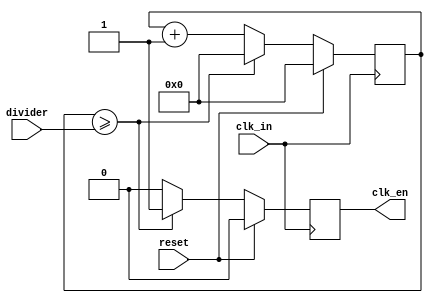
//
// iceZ0mb1e - FPGA 8-Bit TV80 SoC for Lattice iCE40
// with complete open-source toolchain flow using yosys and SDCC
//
// Copyright (c) 2018 Franz Neumann (netinside2000@gmx.de)
//
// Permission is hereby granted, free of charge, to any person obtaining a copy
// of this software and associated documentation files (the "Software"), to deal
// in the Software without restriction, including without limitation the rights
// to use, copy, modify, merge, publish, distribute, sublicense, and/or sell
// copies of the Software, and to permit persons to whom the Software is
// furnished to do so, subject to the following conditions:

// The above copyright notice and this permission notice shall be included in
// all copies or substantial portions of the Software.

// THE SOFTWARE IS PROVIDED "AS IS", WITHOUT WARRANTY OF ANY KIND, EXPRESS OR
// IMPLIED, INCLUDING BUT NOT LIMITED TO THE WARRANTIES OF MERCHANTABILITY,
// FITNESS FOR A PARTICULAR PURPOSE AND NONINFRINGEMENT. IN NO EVENT SHALL THE
// AUTHORS OR COPYRIGHT HOLDERS BE LIABLE FOR ANY CLAIM, DAMAGES OR OTHER
// LIABILITY, WHETHER IN AN ACTION OF CONTRACT, TORT OR OTHERWISE, ARISING FROM,
// OUT OF OR IN CONNECTION WITH THE SOFTWARE OR THE USE OR OTHER DEALINGS IN
// THE SOFTWARE.

module clk_divider(
    input wire clk_in,
    input wire reset,
	input wire[15:0] divider,
    output reg clk_en
);

	reg [15:0] count = 0;

	always @(posedge clk_in) begin
		if (reset == 1) begin
			clk_en <= 0;
			count <= 0;
		end	else begin
			if (count >= divider) begin
				clk_en <= 1'b1;
				count <= 0;
			end else begin
				clk_en <= 1'b0;
				count <= count + 1'b1;
			end
		end
	end

endmodule